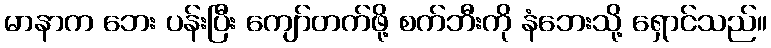
မာနာက ဘေး ပန်းပြီး ကျော်တက်ဖို့ စက်ဘီးကို နံဘေးသို့ ရှောင်သည်။